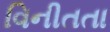
વિનીતતા